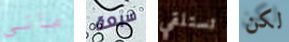
مانى سبعة تستلقي لكن